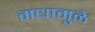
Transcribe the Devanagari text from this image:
मधामुळे